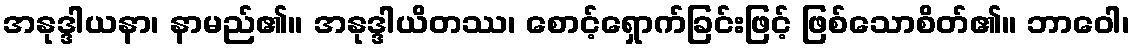
အနုဒ္ဒါယနာ၊ နာမည်၏။ အနုဒ္ဒါယိတဿ၊ စောင့်ရှောက်ခြင်းဖြင့် ဖြစ်သောစိတ်၏။ ဘာဝေါ၊